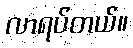
လာရပ်တယ်။